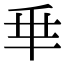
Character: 𠂯